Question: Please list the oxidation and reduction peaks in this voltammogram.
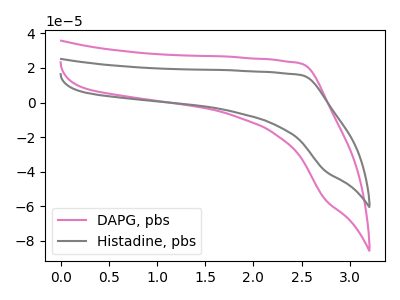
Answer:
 <answer>The pink curve "DAPG, pbs" has no peaks. The gray curve "Histadine, pbs" has no peaks.</answer>
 <eval></eval>